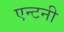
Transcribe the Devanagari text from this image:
एन्टनी